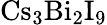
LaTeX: \mathrm{Cs_{3}Bi_{2}I_{9}}